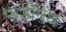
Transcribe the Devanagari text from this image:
फर्डीनेंथ